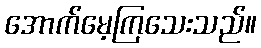
အောက်မေ့ကြသေးသည်။